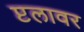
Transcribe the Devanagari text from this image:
प्टलावर